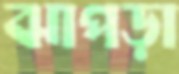
ঝাপড়া